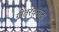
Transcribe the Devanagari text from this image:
गीतरचनांना